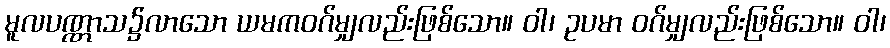
မူလပဏ္ဏာသ၌လာသော ယမကဝဂ်မျှလည်းဖြစ်သော။ ဝါ၊ ဥပမာ ဝဂ်မျှလည်းဖြစ်သော။ ဝါ၊